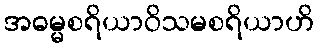
အဓမ္မစရိယာဝိသမစရိယာဟိ